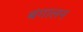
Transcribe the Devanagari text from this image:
बंगालन